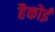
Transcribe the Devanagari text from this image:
हैकोई